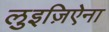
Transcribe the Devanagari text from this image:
लुइज़िऐना